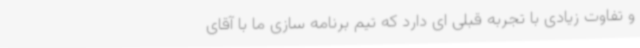
و تفاوت زیادی با تجربه قبلی ای دارد که تیم برنامه سازی ما با آقای